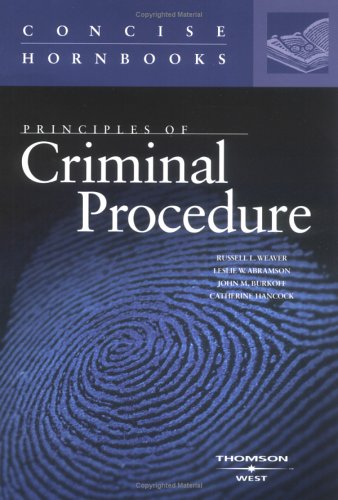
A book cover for Principles of Criminal Procedure (Concise Hornbook Series) (Hornbook Series Student Edition); Russell L. Weaver; Law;